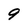
Character: 9